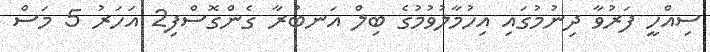
ސިއްހީ ފަރުވާ ދިނުމުގައި އިހުމާލުވުމުގެ ބިލް އަނބުރާ ގެންގޮސްފި2 އަހަރު 5 މަސް